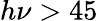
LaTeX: h\nu>45